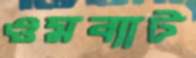
ওমব্যাট